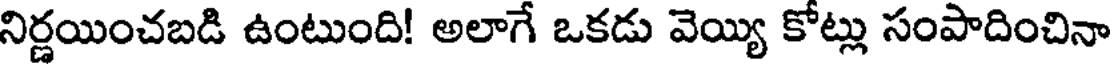
నిర్ణయించబడి ఉంటుంది! అలాగే ఒకడు వెయ్యి కోట్లు సంపాదించినా